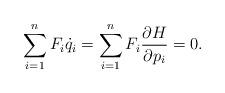
LaTeX: \begin{align*}\sum_{i=1}^n F_i\dot q_i=\sum_{i=1}^n F_i \frac{\partial H}{\partial p_i}=0.\end{align*}